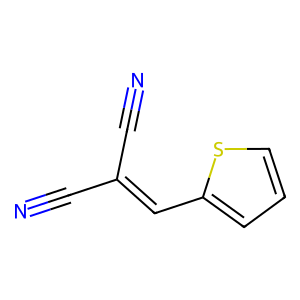
SMILES: N#CC(C#N)=Cc1cccs1
Inhibits HIV replication: No